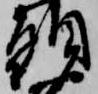
頭